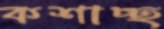
কশাচ্ছ